Epidemic dropsy in Calcutta - Number 49
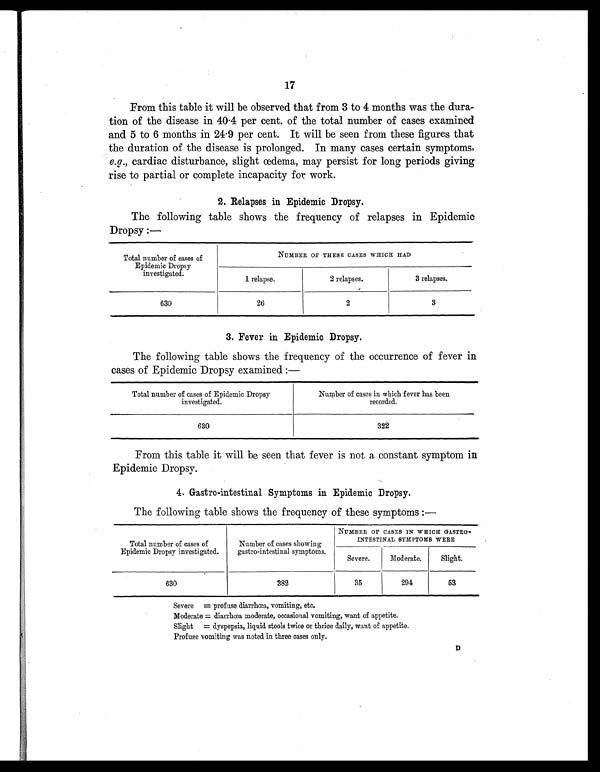
17
From this table it will be observed that from 3 to 4 months was the dura-
tion of the disease in 40.4 per cent. of the total number of cases examined
and 5 to 6 months in 24.9 per cent. It will be seen from these figures that
the duration of the disease is prolonged. In many cases certain symptoms,
e.g. , cardiac disturbance, slight œdema, may persist for long periods giving
rise to partial or complete incapacity for work.
2. Relapses in Epidemic Dropsy.
The following table shows the frequency of relapses in Epidemic
Dropsy :—
Total number of cases of
Epidemic Dropsy
investigated.
NUMBER OF THESE CASES WHICH HAD
1 relapse.
2 relapses.
3 relapses.
630
26
2
3
3. Fever in Epidemic Dropsy.
The following table shows the frequency of the occurrence of fever in
cases of Epidemic Dropsy examined :—
Total number of cases of Epidemic Dropsy
investigated.
Number of cases in which fever has been
recorded.
630
322
From this table it will be seen that fever is not a constant symptom in
Epidemic Dropsy.
4. Gastro-intestinal Symptoms in Epidemic Dropsy.
The following table shows the frequency of these symptoms :—
Total number of cases of
Epidemic Dropsy investigated.
Number of cases showing
gastro-intestinal symptoms.
NUMBER OF CASES IN WHICH GASTRO-
INTESTINAL SYMPTOMS WERE
Severe.
Moderate.
Slight.
630
382
35
294
53
Severe = profuse diarrhœa, vomiting, etc.
Moderate = diarrhœa moderate, occasional vomiting, want of appetite.
Slight = dyspepsia, liquid stools twice or thrice daily, want of appetite.
Profuse vomiting was noted in three cases only.
D